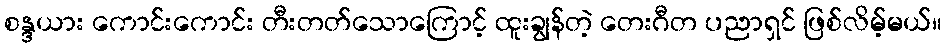
စန္ဒယား ကောင်းကောင်း တီးတတ်သောကြောင့် ထူးချွန်တဲ့ တေးဂီတ ပညာရှင် ဖြစ်လိမ့်မယ်။